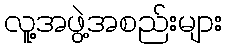
လူ့အဖွဲ့အစည်းများ